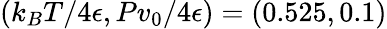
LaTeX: (k_{B}T/4\epsilon,Pv_{0}/4\epsilon)=(0.525,0.1)